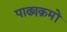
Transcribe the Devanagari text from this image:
पाढ्यक्रमों